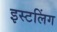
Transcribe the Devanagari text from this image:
इस्टलिंग